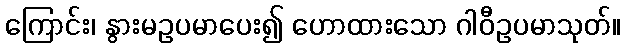
ကြောင်း၊ နွားမဥပမာပေး၍ ဟောထားသော ဂါဝီဥပမာသုတ်။